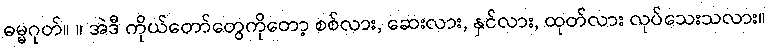
ဓမ္မဂုတ်။ ။ အဲဒီ ကိုယ်တော်တွေကိုတော့ စစ်လား, ဆေးလား, နှင်လား, ထုတ်လား လုပ်သေးသလား။